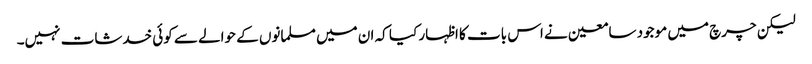
لیکن چرچ میں موجود سامعین نے اس بات کا اظہار کیا کہ ان میں مسلمانوں کے حوالے سے کوئی خدشات نہیں۔